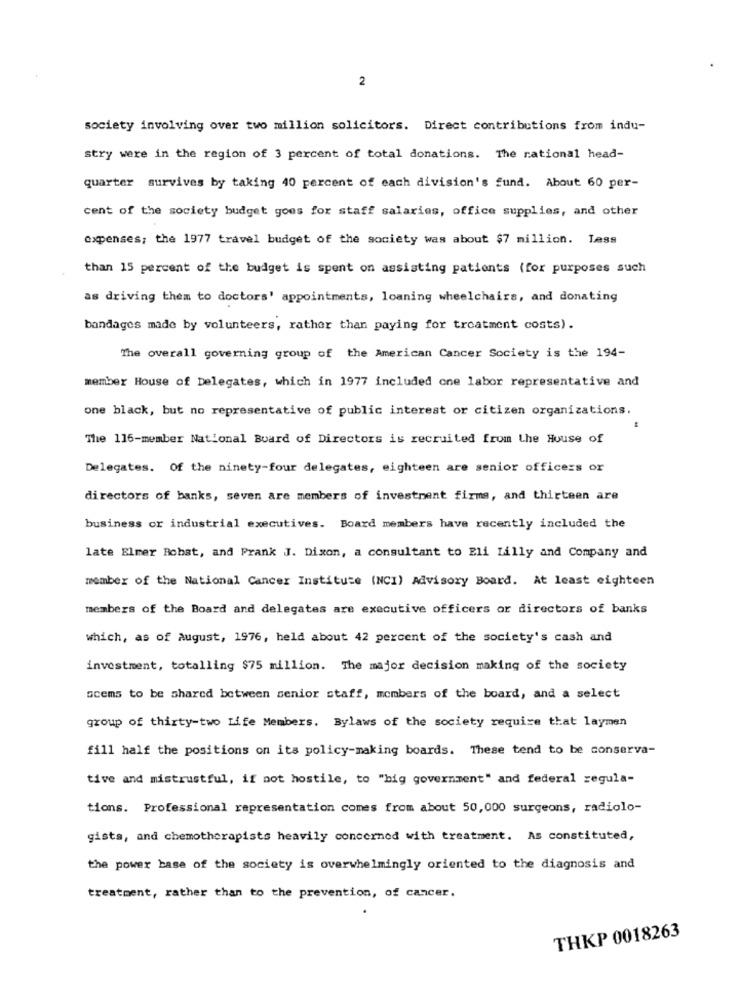
2
society involving over two million solicitors. Direct contributions from indu-
stry were in the region of 3 percent of total donations. The rational head-
quarter survives by taking 40 percent of each division's fund. About 60 per-
cent of the society budget goes for staff salaries, office supplies, and other
expenses; the 1977 travel budget of the society was about $7 million. Less
than 15 percent of the budget is spent on assisting patients (for purposes such
as driving them to doctors' appointments, loaning wheelchairs, and donating
bandages made by volunteers, rather than paying for treatment costs).
The overall governing group of the American Cancer Society is the 194-
member House of Delegates, which in 1977 included one labor representative and
one black, but no representative of public interest or citizen organizations.
The 116-member National Board of Directors is recruited from the House of
Delegates. Of the ninety-four delegates, eighteen are senior officers or
directors of banks, seven are members of investment firma, and thirteen are
business or industrial executives. Board members have recently included the
late Elmer Robst, and Prank J. Dixon, a consultant to Eli Lilly and Company and
member of the National Cancer Institute (NCI) Advisory Board. At least eighteen
members of the Board and delegates are executive officers or directors of banks
which, as of August, 1976, held about 42 percent of the society's cash and
investment, totalling $75 million. The major decision making of the society
scems to be shared between senior staff, members of the board, and a select
group of thirty-two Life Members. Bylaws of the society require that laymen
fill half the positions on its policy-making boards. These tend to be conserva-
tive and mistrustful, if not hostile, to "big government" and federal regula-
tions. Professional representation comes from about 50,000 surgeons, radiolo-
gists, and chemotherapists heavily concerned with treatment. As constituted,
the power base of the society is overwhelmingly oriented to the diagnosis and
treatment, rather than to the prevention, of cancer.
THKP 0018263